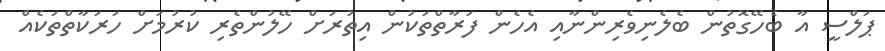
ޕަލްސީ އާ ބެހޭގޮތުން ބެލެނިވެރިންނާއި އެހެން ފަރާތްތަކުން އިތުރަށް ހޭލުންތެރި ކުރުމަށް ހަރަކާތްތަކެއް